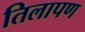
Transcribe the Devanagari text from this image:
तिलापण